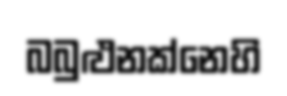
බබුළුනක්නෙහි